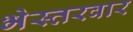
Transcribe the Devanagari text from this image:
भेस्तरवार